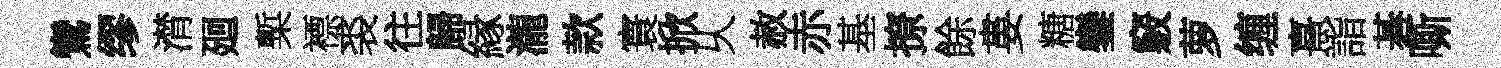
鸞缪潸廻槧褾裘往歸縁瀧款寰掀乆赦赤基撩餘婁糖鑾竅萝缠熹詣碁嘶